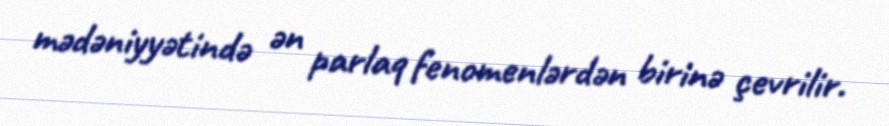
mədəniyyətində ən parlaq fenomenlərdən birinə çevrilir.